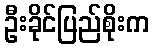
ဦးခိုင်ပြည်စိုးက